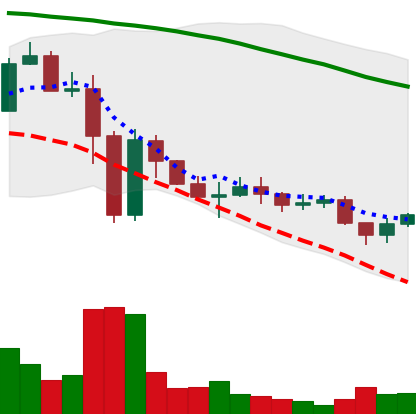
Ticker: ADA-USD
Chart end date: 2022-11-23
Forward return: -3.649%
Label: down_3_5